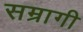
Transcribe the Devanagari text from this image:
सम्रागी